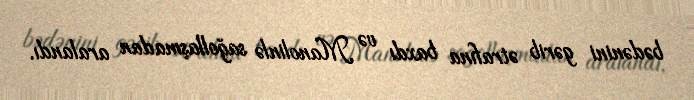
bədənini gərib ətrafına baxdı və Manolinlə sağollaşmadan aralandı.